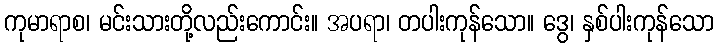
ကုမာရာစ၊ မင်းသားတို့လည်းကောင်း။ အပရာ၊ တပါးကုန်သော။ ဒွေ၊ နှစ်ပါးကုန်သော